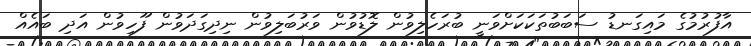
އާފުރުމުގެ މައިގަނޑު ސަބަބުތަކަކަށްވަނީ ބުރަހެލިވުން ލޮޑުވުން ވަރުބަލިވުން ނިދިގަދަވުން ފޫހިވުން އަދި ބައެއް